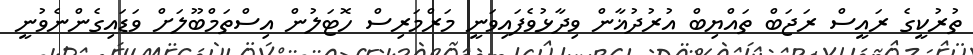
ތުރުކީގެ ރައީސް ރަޖަބް ތައްޔިބް އުރުދުޣާން ވިދާޅުވެފައިވަނީ މަރްމަރިސް ހޮޓަލުން އިސްތަމްބޫލަށް ވަޑައިގެންނެވުނީ